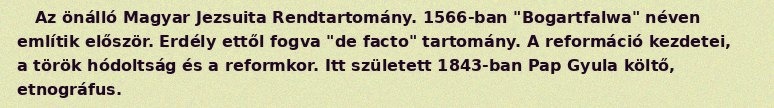
Az önálló Magyar Jezsuita Rendtartomány. 1566-ban "Bogartfalwa" néven említik először. Erdély ettől fogva "de facto" tartomány. A reformáció kezdetei, a török hódoltság és a reformkor. Itt született 1843-ban Pap Gyula költő, etnográfus.